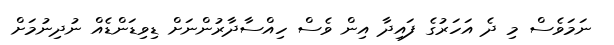
ނަމަވެސް މި ދެ އަހަރުގެ ފައިދާ އިން ވެސް ހިއްސާދާރުންނަށް ޑިވިޑަންޑެއް ނުދިނުމަށް